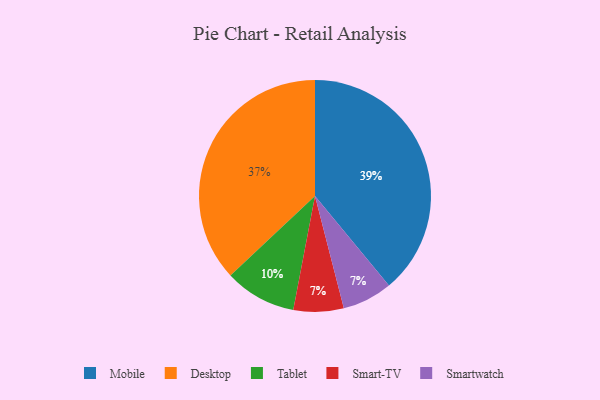
{"axis": {"x": "Category", "y": "Percentage"}, "legend": ["Desktop", "Mobile", "Smart-TV", "Smartwatch", "Tablet"], "data": [{"x": "Desktop", "y": 37, "type": "Desktop"}, {"x": "Mobile", "y": 39, "type": "Mobile"}, {"x": "Smart-TV", "y": 7, "type": "Smart-TV"}, {"x": "Tablet", "y": 10, "type": "Tablet"}, {"x": "Smartwatch", "y": 7, "type": "Smartwatch"}]}